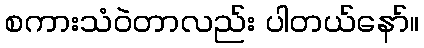
စကားသံဝဲတာလည်း ပါတယ်နော်။